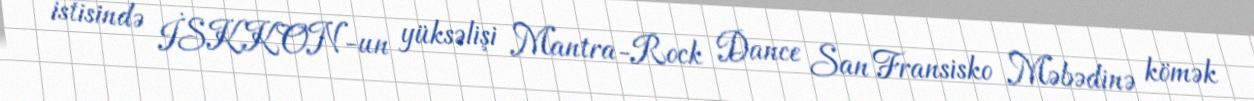
istisində İSKKON-un yüksəlişi Mantra-Rock Dance San Fransisko Məbədinə kömək